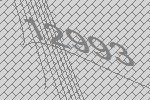
12993